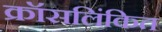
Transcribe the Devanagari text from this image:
क्रॉसलिंकित